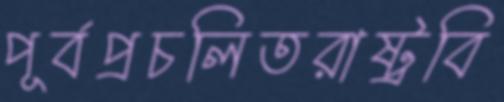
পূর্বপ্রচলিতরাষ্ট্রবি